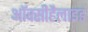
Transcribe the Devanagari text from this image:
ऑक्सीहैलाइड